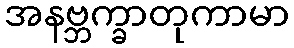
အနဗ္ဘက္ခာတုကာမာ